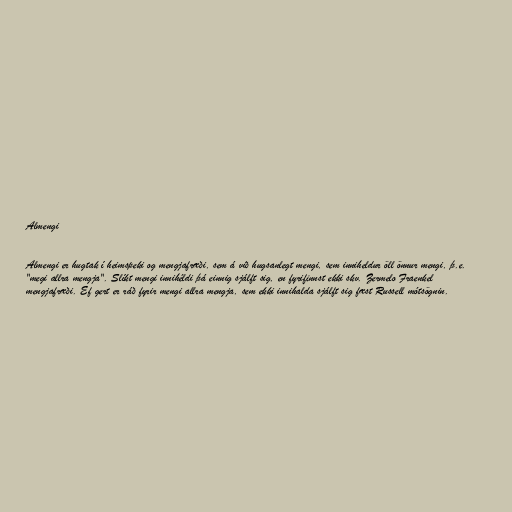
Almengi

Almengi er hugtak í heimspeki og mengjafræði, sem á við hugsanlegt mengi, sem inniheldur öll önnur mengi, þ.e.
"megi allra mengja". Slíkt mengi innihéldi þá einnig sjálft sig, en fyrifinnst ekki skv. Zermelo Fraenkel
mengjafræði. Ef gert er ráð fyrir mengi allra mengja, sem ekki innihalda sjálft sig fæst Russell mótsögnin.